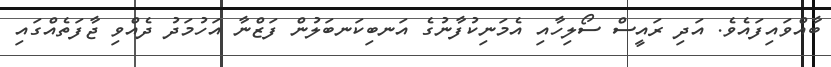
ބާއްވައިފައެވެ. އަދި ރައީސް ސޯލިހާއި އެމަނިކުފާނުގެ އަނބިކަނބަލުން ފަޒްނާ އަހުމަދު ދެއްވި ޖާފަތެއްގައި